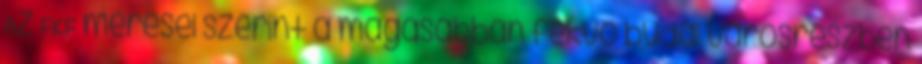
Az FKF mérései szerint a magasabban fekvő budai városrészben